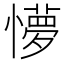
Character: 懜